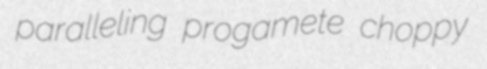
paralleling progamete choppy